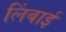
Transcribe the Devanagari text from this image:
लिंबाई